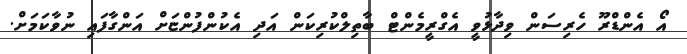
އޯ އެންޑްރޫ ހެރިސަން ވިދާޅުވީ އެގްރީމެންޓް ބާތިލްކުރިކަން އަދި އެކުންފުންޏަށް އަންގާފައި ނުވާކަމަށް.